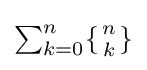
\textstyle \sum _{k=0}^{n}\{{n \atop k}\}